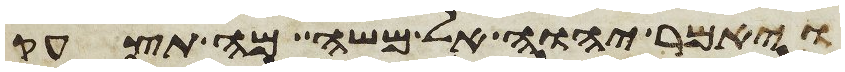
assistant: ויאמר יהוה אל משה מה תצעק